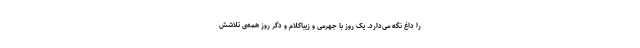
را داغ نگه می‌دارد. یک روز با جهرمی و زیباکلام و‌ دگر روز همه‌ی تلاشش